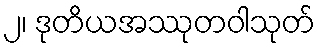
၂၊ ဒုတိယအဿုတဝါသုတ်